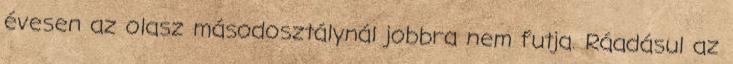
évesen az olasz másodosztálynál jobbra nem futja. Ráadásul az